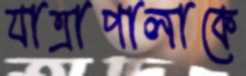
যাত্রাপালাকে